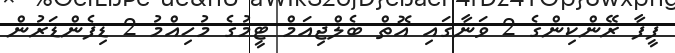
ފީފާ ރޭންކިންގެ 2 ވަނާގައި އޮތް ބެލްޖިއަމް ޓީމުގެ މުހިއްމު 2 ޑިފެންޑަރުން